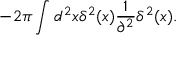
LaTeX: - 2 \pi \int d ^ { 2 } x \delta ^ { 2 } ( x ) { \frac { 1 } { \partial ^ { 2 } } } \delta ^ { 2 } ( x ) .